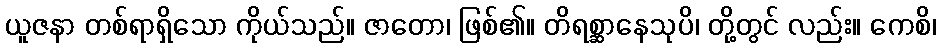
ယူဇနာ တစ်ရာရှိသော ကိုယ်သည်။ ဇာတော၊ ဖြစ်၏။ တိရစ္ဆာနေသုပိ၊ တို့တွင် လည်း။ ကေစိ၊